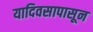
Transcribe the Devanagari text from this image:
यादिवसापासून